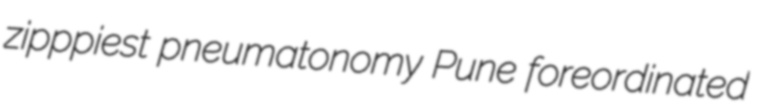
zipppiest pneumatonomy Pune foreordinated